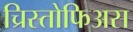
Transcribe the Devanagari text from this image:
च्रिस्तोफिअस